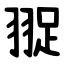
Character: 䎌